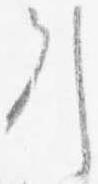
引